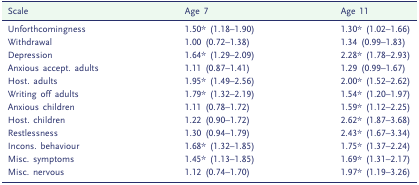
<table><thead><tr><td><b>Scale</b></td><td><b>Age 7</b></td><td><b>Age 11</b></td></tr></thead><tbody><tr><td>Unforthcomingness</td><td>1.50* (1.18–1.90)</td><td>1.30* (1.02–1.66)</td></tr><tr><td>Withdrawal</td><td>1.00 (0.72–1.38)</td><td>1.34 (0.99–1.83)</td></tr><tr><td>Depression</td><td>1.64* (1.29–2.09)</td><td>2.28* (1.78–2.93)</td></tr><tr><td>Anxious accept. adults</td><td>1.11 (0.87–1.41)</td><td>1.29 (0.99–1.67)</td></tr><tr><td>Host. adults</td><td>1.95* (1.49–2.56)</td><td>2.00* (1.52–2.62)</td></tr><tr><td>Writing off adults</td><td>1.79* (1.32–2.19)</td><td>1.54* (1.20–1.97)</td></tr><tr><td>Anxious children</td><td>1.11 (0.78–1.72)</td><td>1.59* (1.12–2.25)</td></tr><tr><td>Host. children</td><td>1.22 (0.90–1.72)</td><td>2.62* (1.87–3.68)</td></tr><tr><td>Restlessness</td><td>1.30 (0.94–1.79)</td><td>2.43* (1.67–3.34)</td></tr><tr><td>Incons. behaviour</td><td>1.68* (1.32–1.85)</td><td>1.75* (1.37–2.24)</td></tr><tr><td>Misc. symptoms</td><td>1.45* (1.13–1.85)</td><td>1.69* (1.31–2.17)</td></tr><tr><td>Misc. nervous</td><td>1.12 (0.74–1.70)</td><td>1.97* (1.19–3.26)</td></tr></tbody></table>